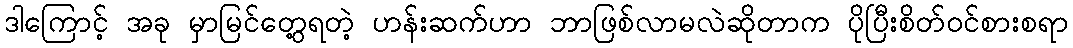
ဒါကြောင့် အခု မှာမြင်တွေ့ရတဲ့ ဟန်းဆက်ဟာ ဘာဖြစ်လာမလဲဆိုတာက ပိုပြီးစိတ်ဝင်စားစရာ